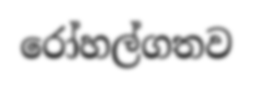
රෝහල්ගතව